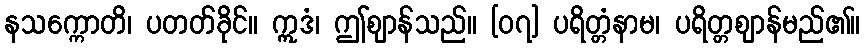
နသက္ကောတိ၊ ပတတ်ခိုင်။ ဣဒံ၊ ဤဈာန်သည်။ [၀၇] ပရိတ္တံနာမ၊ ပရိတ္တဈာန်မည်၏။